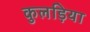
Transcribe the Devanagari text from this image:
कुलड़िया